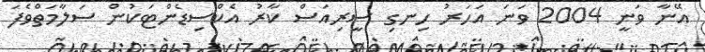
އޭނާ ވަނީ 2004 ވަނަ އަަހަރު ހިނގި ސީރިއަސް ކާރު އެކްސިޑެންޓަކުން ސަލާމަތްވެފަ